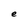
Character: e